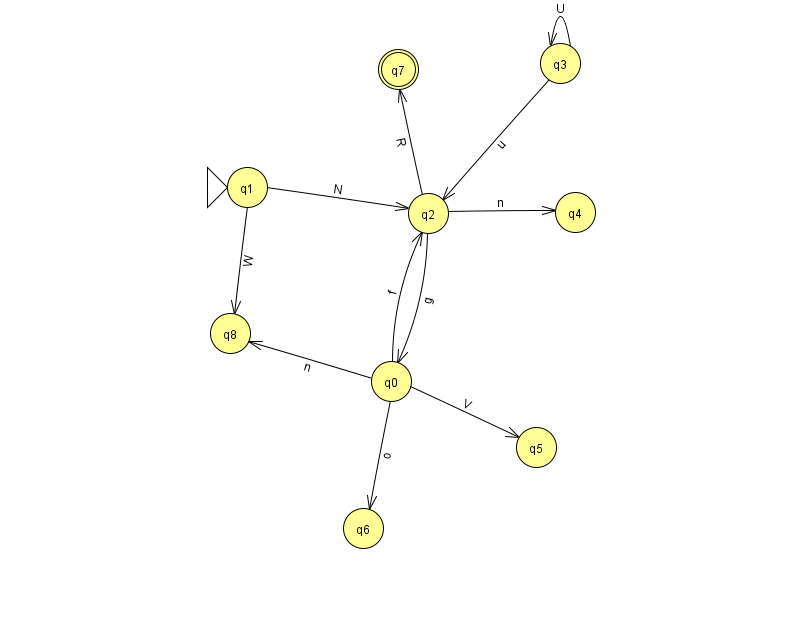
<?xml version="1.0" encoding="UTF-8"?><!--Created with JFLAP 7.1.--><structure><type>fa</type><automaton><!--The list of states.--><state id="0" name="q0"><x>391.0</x><y>368.0</y></state><state id="1" name="q1"><x>247.0</x><y>174.0</y><initial/></state><state id="2" name="q2"><x>428.0</x><y>200.0</y></state><state id="3" name="q3"><x>560.0</x><y>50.0</y></state><state id="4" name="q4"><x>575.0</x><y>199.0</y></state><state id="5" name="q5"><x>536.0</x><y>434.0</y></state><state id="6" name="q6"><x>363.0</x><y>515.0</y></state><state id="7" name="q7"><x>398.0</x><y>56.0</y><final/></state><state id="8" name="q8"><x>230.0</x><y>320.0</y></state><!--The list of transitions.--><transition><from>0</from><to>8</to><read>n</read></transition><transition><from>2</from><to>7</to><read>R</read></transition><transition><from>2</from><to>4</to><read>n</read></transition><transition><from>0</from><to>5</to><read>V</read></transition><transition><from>1</from><to>8</to><read>W</read></transition><transition><from>3</from><to>3</to><read>U</read></transition><transition><from>0</from><to>6</to><read>o</read></transition><transition><from>1</from><to>2</to><read>N</read></transition><transition><from>2</from><to>0</to><read>g</read></transition><transition><from>3</from><to>2</to><read>u</read></transition><transition><from>0</from><to>2</to><read>f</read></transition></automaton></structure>